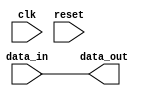
module simple_block (
    input wire clk,
    input wire reset,
    input wire [3:0] data_in,
    output wire [3:0] data_out
);
    // Simple logic example: Just pass through the input
    assign data_out = data_in;

endmodule